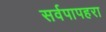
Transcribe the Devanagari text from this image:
सर्वपापहरा